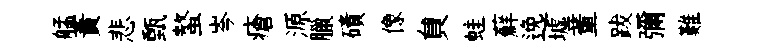
艋蕡悲甄螯岑瘡源臘磧像貟蛙蘚𨓜墟董跋彌難